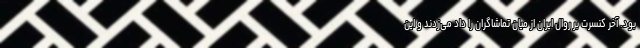
بود. آخر کنسرت بر روال ایران از میان تماشاگران را داد می‌زدند و این